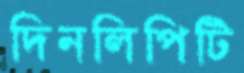
দিনলিপিটি